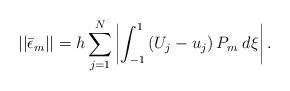
LaTeX: \begin{align*}||\bar{\epsilon}_{m}|| = h\sum_{j=1}^N \left| \int_{-1}^{1} \left( U_j - u_j\right) P_m \; d\xi \right|.\end{align*}